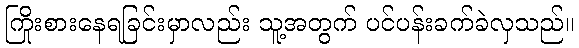
ကြိုးစားနေရခြင်းမှာလည်း သူ့အတွက် ပင်ပန်းခက်ခဲလှသည်။